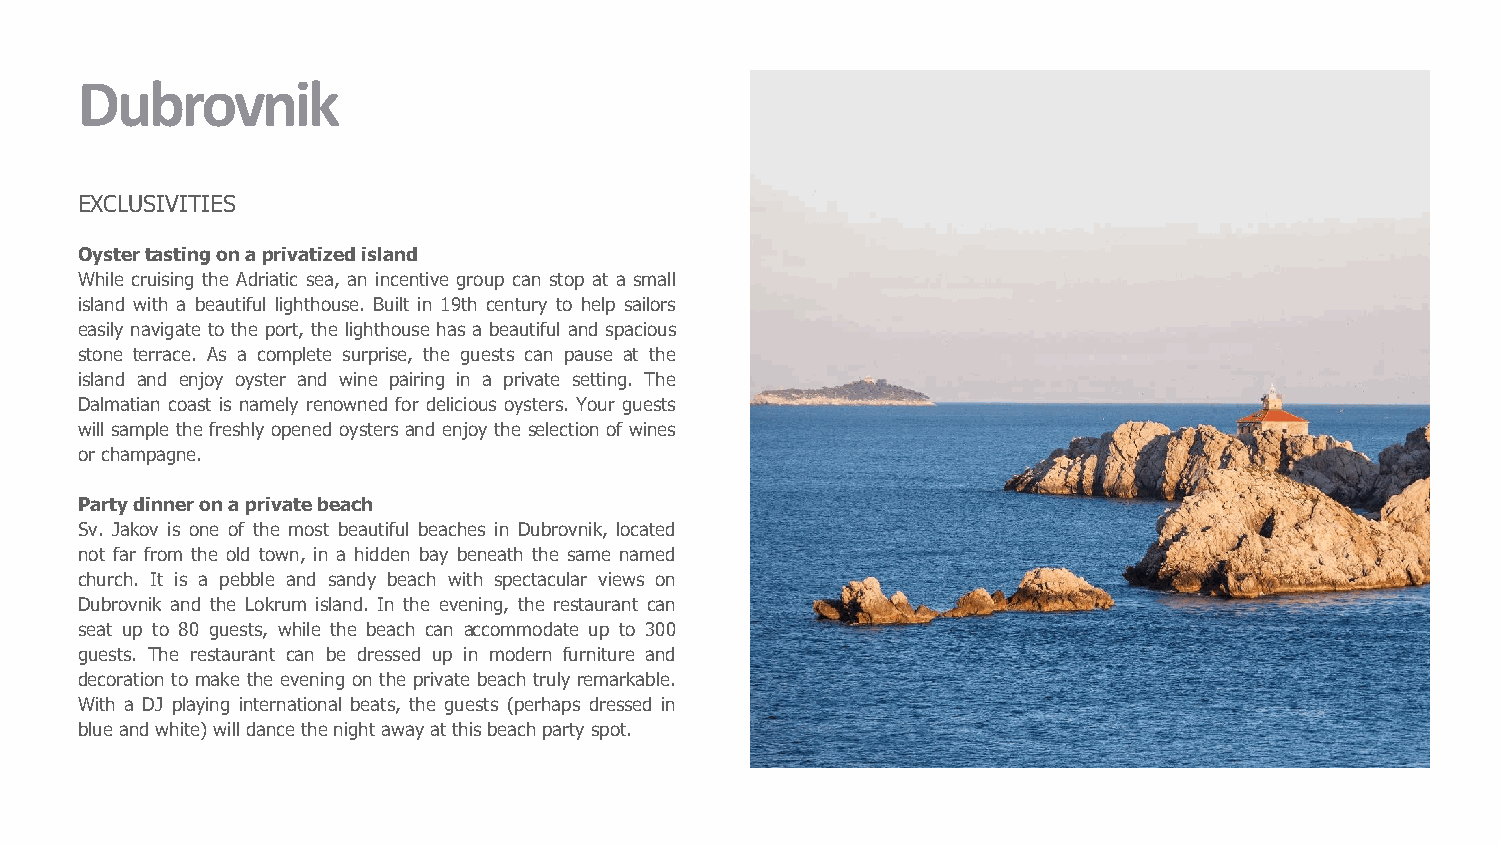
Dubrovnik
 EXCLUSIVITIES
 Oystertastingonaprivatizedisland
 While cruising the Adriatic sea, an incentive group can stop at a small
 island with a beautiful lighthouse. Built in 19th century to help sailors
 easily navigate to the port, the lighthouse has a beautiful and spacious
 stone terrace. As a complete surprise, the guests can pause at the
 island and enjoy oyster and wine pairing in a private setting. The
 Dalmatian coast is namely renowned for delicious oysters. Your guests
 will sample the freshly opened oysters and enjoy the selection of wines
 orchampagne.
 Partydinneronaprivatebeach
 Sv. Jakov is one of the most beautiful beaches in Dubrovnik, located
 not far from the old town, in a hidden bay beneath the same named
 church. It is a pebble and sandy beach with spectacular views on
 Dubrovnik and the Lokrum island. In the evening, the restaurant can
 seat up to 80 guests, while the beach can accommodate up to 300
 guests. The restaurant can be dressed up in modern furniture and
 decoration to make the evening on the private beach truly remarkable.
 With a DJ playing international beats, the guests (perhaps dressed in
 blueandwhite)willdancethenightawayatthisbeachparty spot.